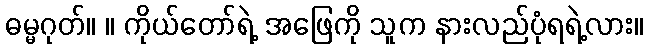
ဓမ္မဂုတ်။ ။ ကိုယ်တော်ရဲ့ အဖြေကို သူက နားလည်ပုံရရဲ့လား။